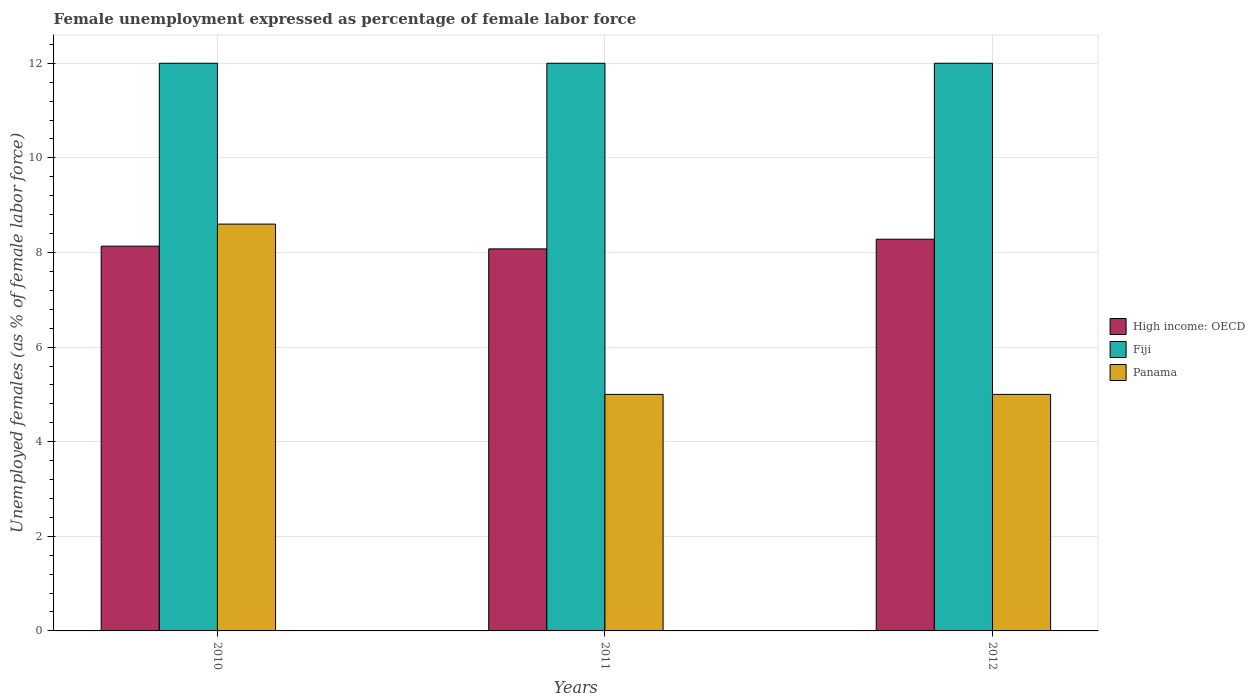
| Years | High income: OECD | Fiji | Panama |
 | --- | --- | --- | --- |
 | 2010 | 8.13 | 12 | 8.6 |
 | 2011 | 8.08 | 12 | 5 |
 | 2012 | 8.28 | 12 | 5 |